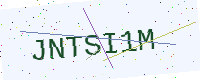
Text: JNTSI1M